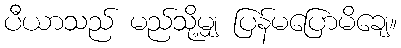
ပီယာသည် မည်သို့မျှ ပြန်မပြောမိချေ။